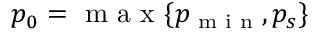
p _ { 0 } = \textnormal { m a x } \{ p _ { \textnormal { m i n } } , p _ { s } \}